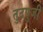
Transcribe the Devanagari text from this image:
तुटपुजी